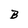
Character: B